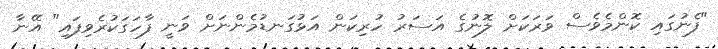
"ފެނުގައި ކޮންމެވެސް ވަރަކަށް ލޮނުގެ އަސަރު ހުރިކަން އަޅުގަނޑުމެންނަށް ވަނީ ފާހަގަކުރެވިފައި" އޭނާ